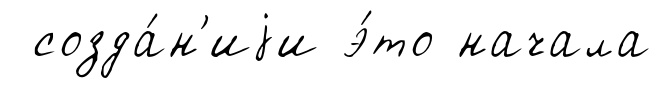
созда́н'иjи э́то начала